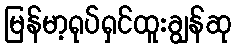
မြန်မာ့ရုပ်ရှင်ထူးချွန်ဆု